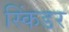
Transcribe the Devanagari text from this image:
स्किंडर